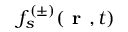
f _ { s } ^ { ( \pm ) } \! \left( \textbf { r } , t \right)